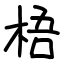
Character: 梧